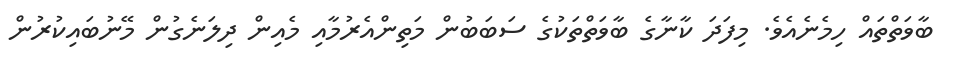
ބާވަތްތައް ހިމެނެއެވެ. މިފަދަ ކާނާގެ ބާވަތްތަކުގެ ސަބަބުން މަތިންއެރުމާއި މެއިން ދިލަނެގުން މޭނުބައިކުރުން